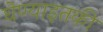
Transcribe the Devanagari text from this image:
घेण्याइतकी